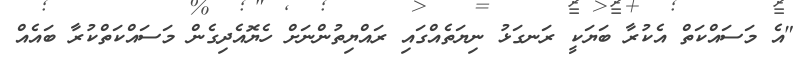
"އެ މަސައްކަތް އެކުރާ ބަޔަކީ ރަނގަޅު ނިޔަތެއްގައި ރައްޔިތުންނަށް ހެޔޮއެދިގެން މަސައްކަތްކުރާ ބައެއް